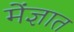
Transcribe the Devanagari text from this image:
मेंज्ञात